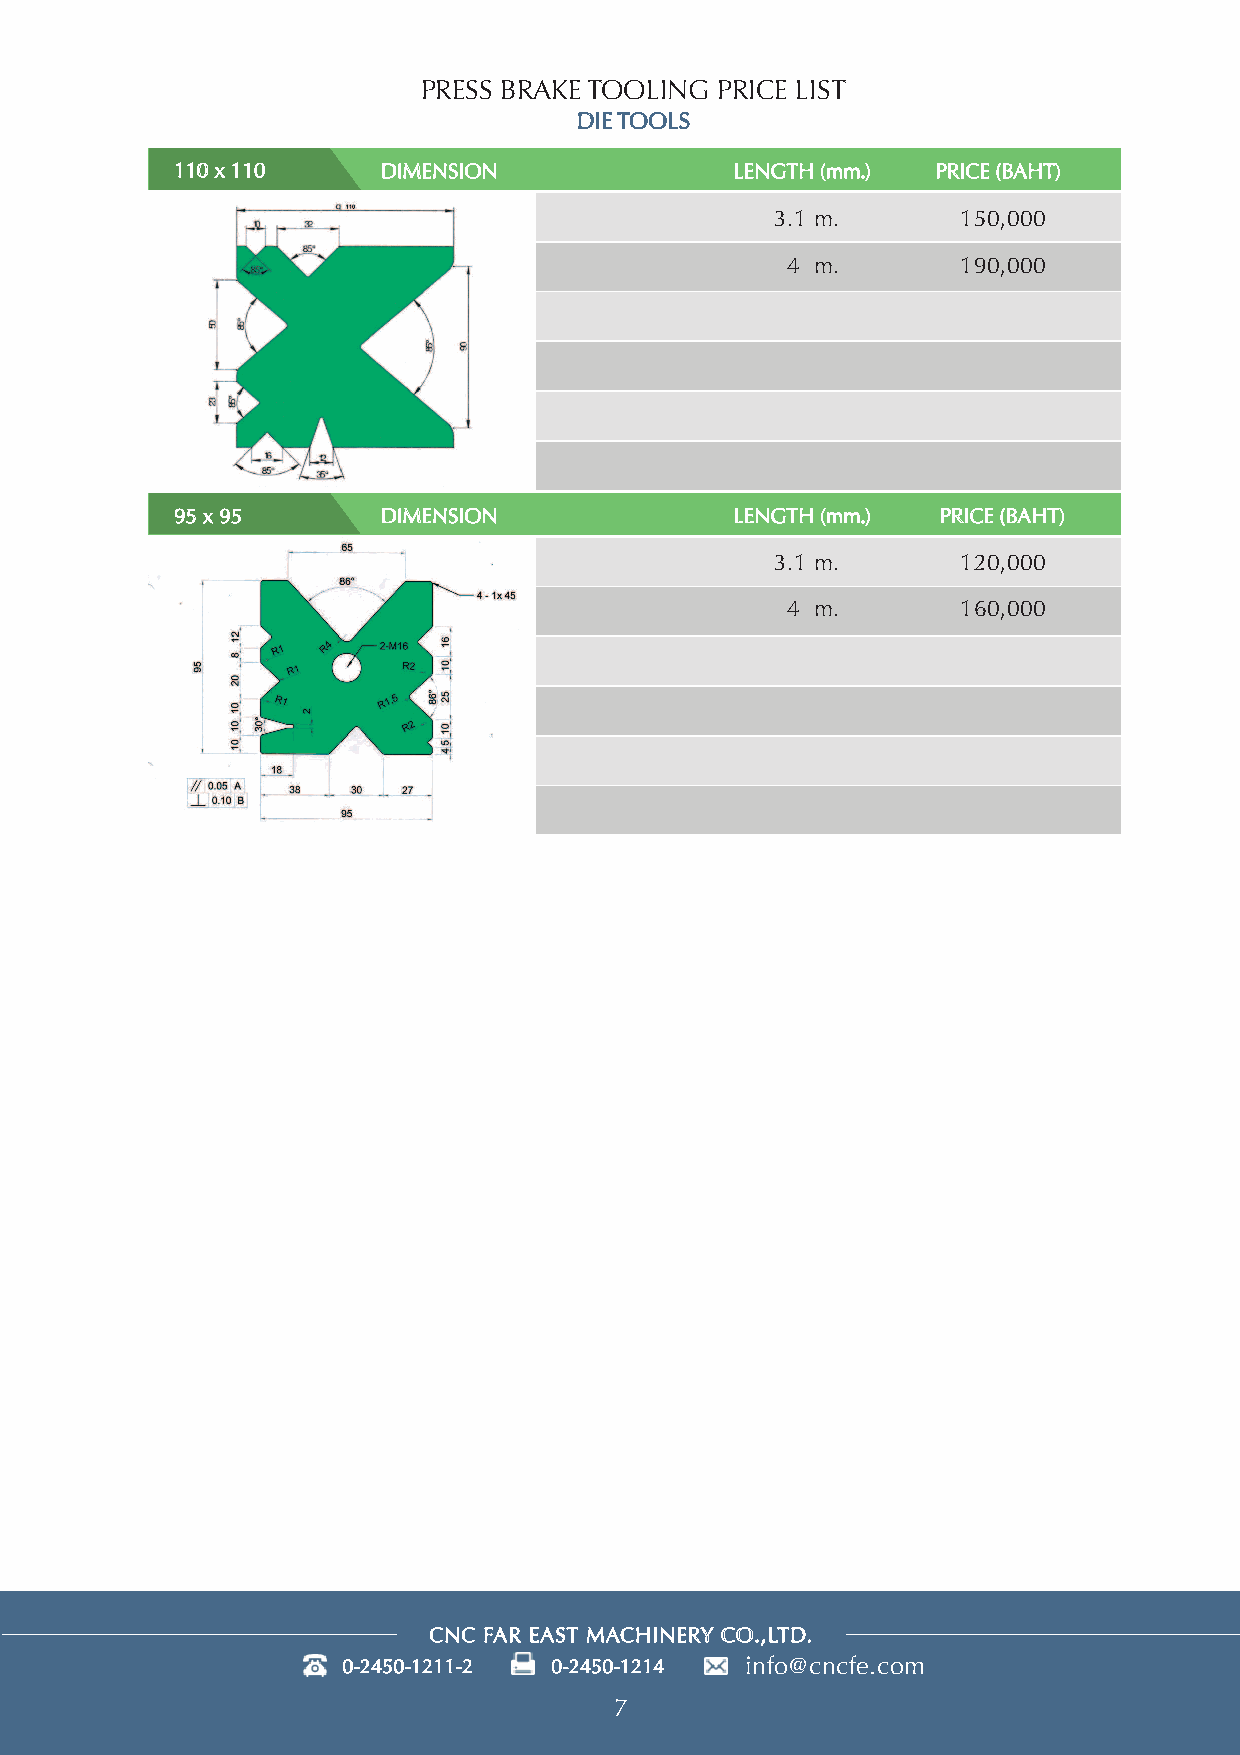
PRESS BRAKE TOOLING PRICE LIST
 DIE TOOLS
 110 x 110    DIMENSION               LENGTH (mm.) PRICE (BAHT)
 3.1 m.       150,000
 4 m.        190,000
 95 x 95      DIMENSION               LENGTH (mm.) PRICE (BAHT)
 3.1 m.       120,000
 4 m.        160,000
 CNC FAR EAST MACHINERY CO.,LTD.
 info@cncfe.com
 7